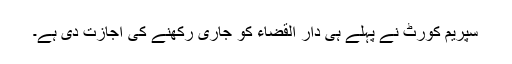
سپریم کورٹ نے پہلے ہی دار القضاء کو جاری رکھنے کی اجازت دی ہے۔